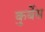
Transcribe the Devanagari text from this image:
कुर्बेस